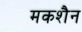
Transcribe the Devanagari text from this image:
मकशैन